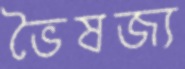
ভৈষজ্য